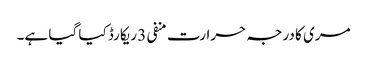
مری کا درجہ حرارت منفی 3 ریکارڈ کیا گیا ہے۔